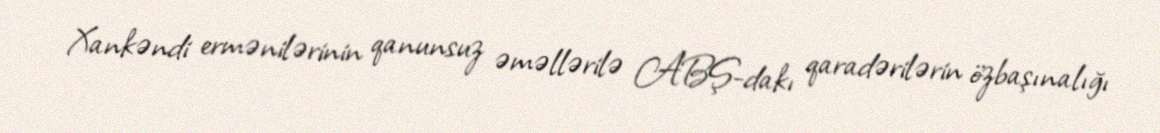
Xankəndi ermənilərinin qanunsuz əməllərilə ABŞ-dakı qaradərilərin özbaşınalığı